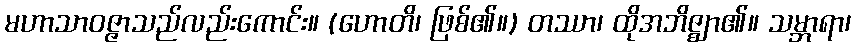
မဟာသာဝဇ္ဇာသည်လည်းကောင်း။ (ဟောတိ၊ ဖြစ်၏။) တဿာ၊ ထိုအဘိဇ္ဈာ၏။ သမ္ဘာရာ၊